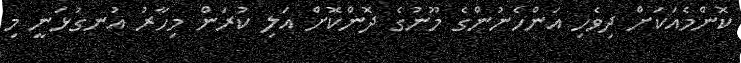
ކޮންމެއަކަށް ދިވެހި އަންހެނުންގެ މޫނުގެ ދޮންކޮށް އަލި ކުރަން މިހާރު އުނގުޅަނީ މި